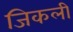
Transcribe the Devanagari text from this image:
जिकली